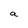
Character: a